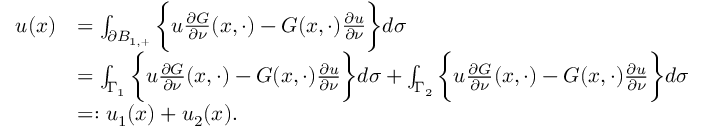
\begin{array} { r l } { u ( x ) } & { = \int _ { \partial B _ { 1 , + } } \bigg \{ u \frac { \partial G } { \partial \nu } ( x , \cdot ) - G ( x , \cdot ) \frac { \partial u } { \partial \nu } \bigg \} d \sigma } \\ & { = \int _ { \Gamma _ { 1 } } \bigg \{ u \frac { \partial G } { \partial \nu } ( x , \cdot ) - G ( x , \cdot ) \frac { \partial u } { \partial \nu } \bigg \} d \sigma + \int _ { \Gamma _ { 2 } } \bigg \{ u \frac { \partial G } { \partial \nu } ( x , \cdot ) - G ( x , \cdot ) \frac { \partial u } { \partial \nu } \bigg \} d \sigma } \\ & { = : u _ { 1 } ( x ) + u _ { 2 } ( x ) . } \end{array}